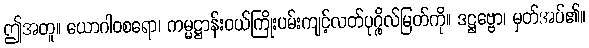
ဤအတူ။ ယောဂါဝစရော၊ ကမ္မဋ္ဌာန်းဝယ်ကြိုးပမ်းကျင့်လတ်ပုဂ္ဂိုလ်မြတ်ကို။ ဒဋ္ဌဗ္ဗော၊ မှတ်အပ်၏။